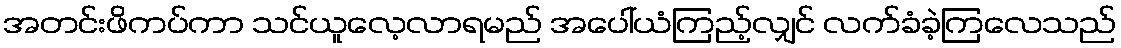
အတင်းဖိကပ်ကာ သင်ယူလေ့လာရမည် အပေါ်ယံကြည့်လျှင် လက်ခံခဲ့ကြလေသည်